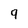
Character: 9